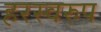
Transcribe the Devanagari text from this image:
हरस्वरुप